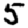
Digit: 5